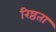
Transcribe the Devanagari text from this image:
रिष्ठता